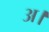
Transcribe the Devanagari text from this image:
अ।